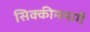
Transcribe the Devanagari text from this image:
सिक्कीममार्गे